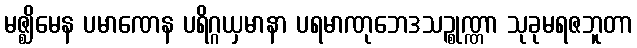
မဇ္ဈိမေန ပမာဏေန ပရိဂ္ဂယှမာနာ ပရမာဏုဘေဒသဉ္စုဏ္ဏာ သုခုမရဇဘူတာ